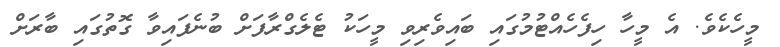
މީހެކެވެ. އެ މީހާ ހިފެހެއްޓުމުގައި ބައިވެރިވި މީހަކު ޓެލެގްރާފަށް ބުނެފައިވާ ގޮތުގައި ބާރަށް